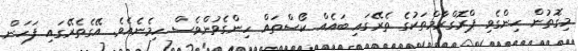
މިގޮތުން ހިންގެވި ޕްރޮގްރާމްތަކުގެ ތެރޭގައި ބައެއް ކޯސްތައް ހިންގެވުންވެސް ހިމެނެއެވެ. އޭގެތެރޭގައި ފަހަން